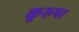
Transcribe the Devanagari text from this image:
कुरूपा